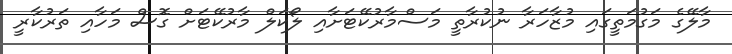
މާލޭގެ މަގުމަތީގައި މުޒާހަރާ ނުކުރާތީ މަސްމާރުކޭޓަށާއި ލޯކަލް މާރުކޭޓަށް ގޮސް މަހާއި ތަރުކާރީ